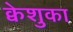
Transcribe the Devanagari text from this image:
क्वेशुका